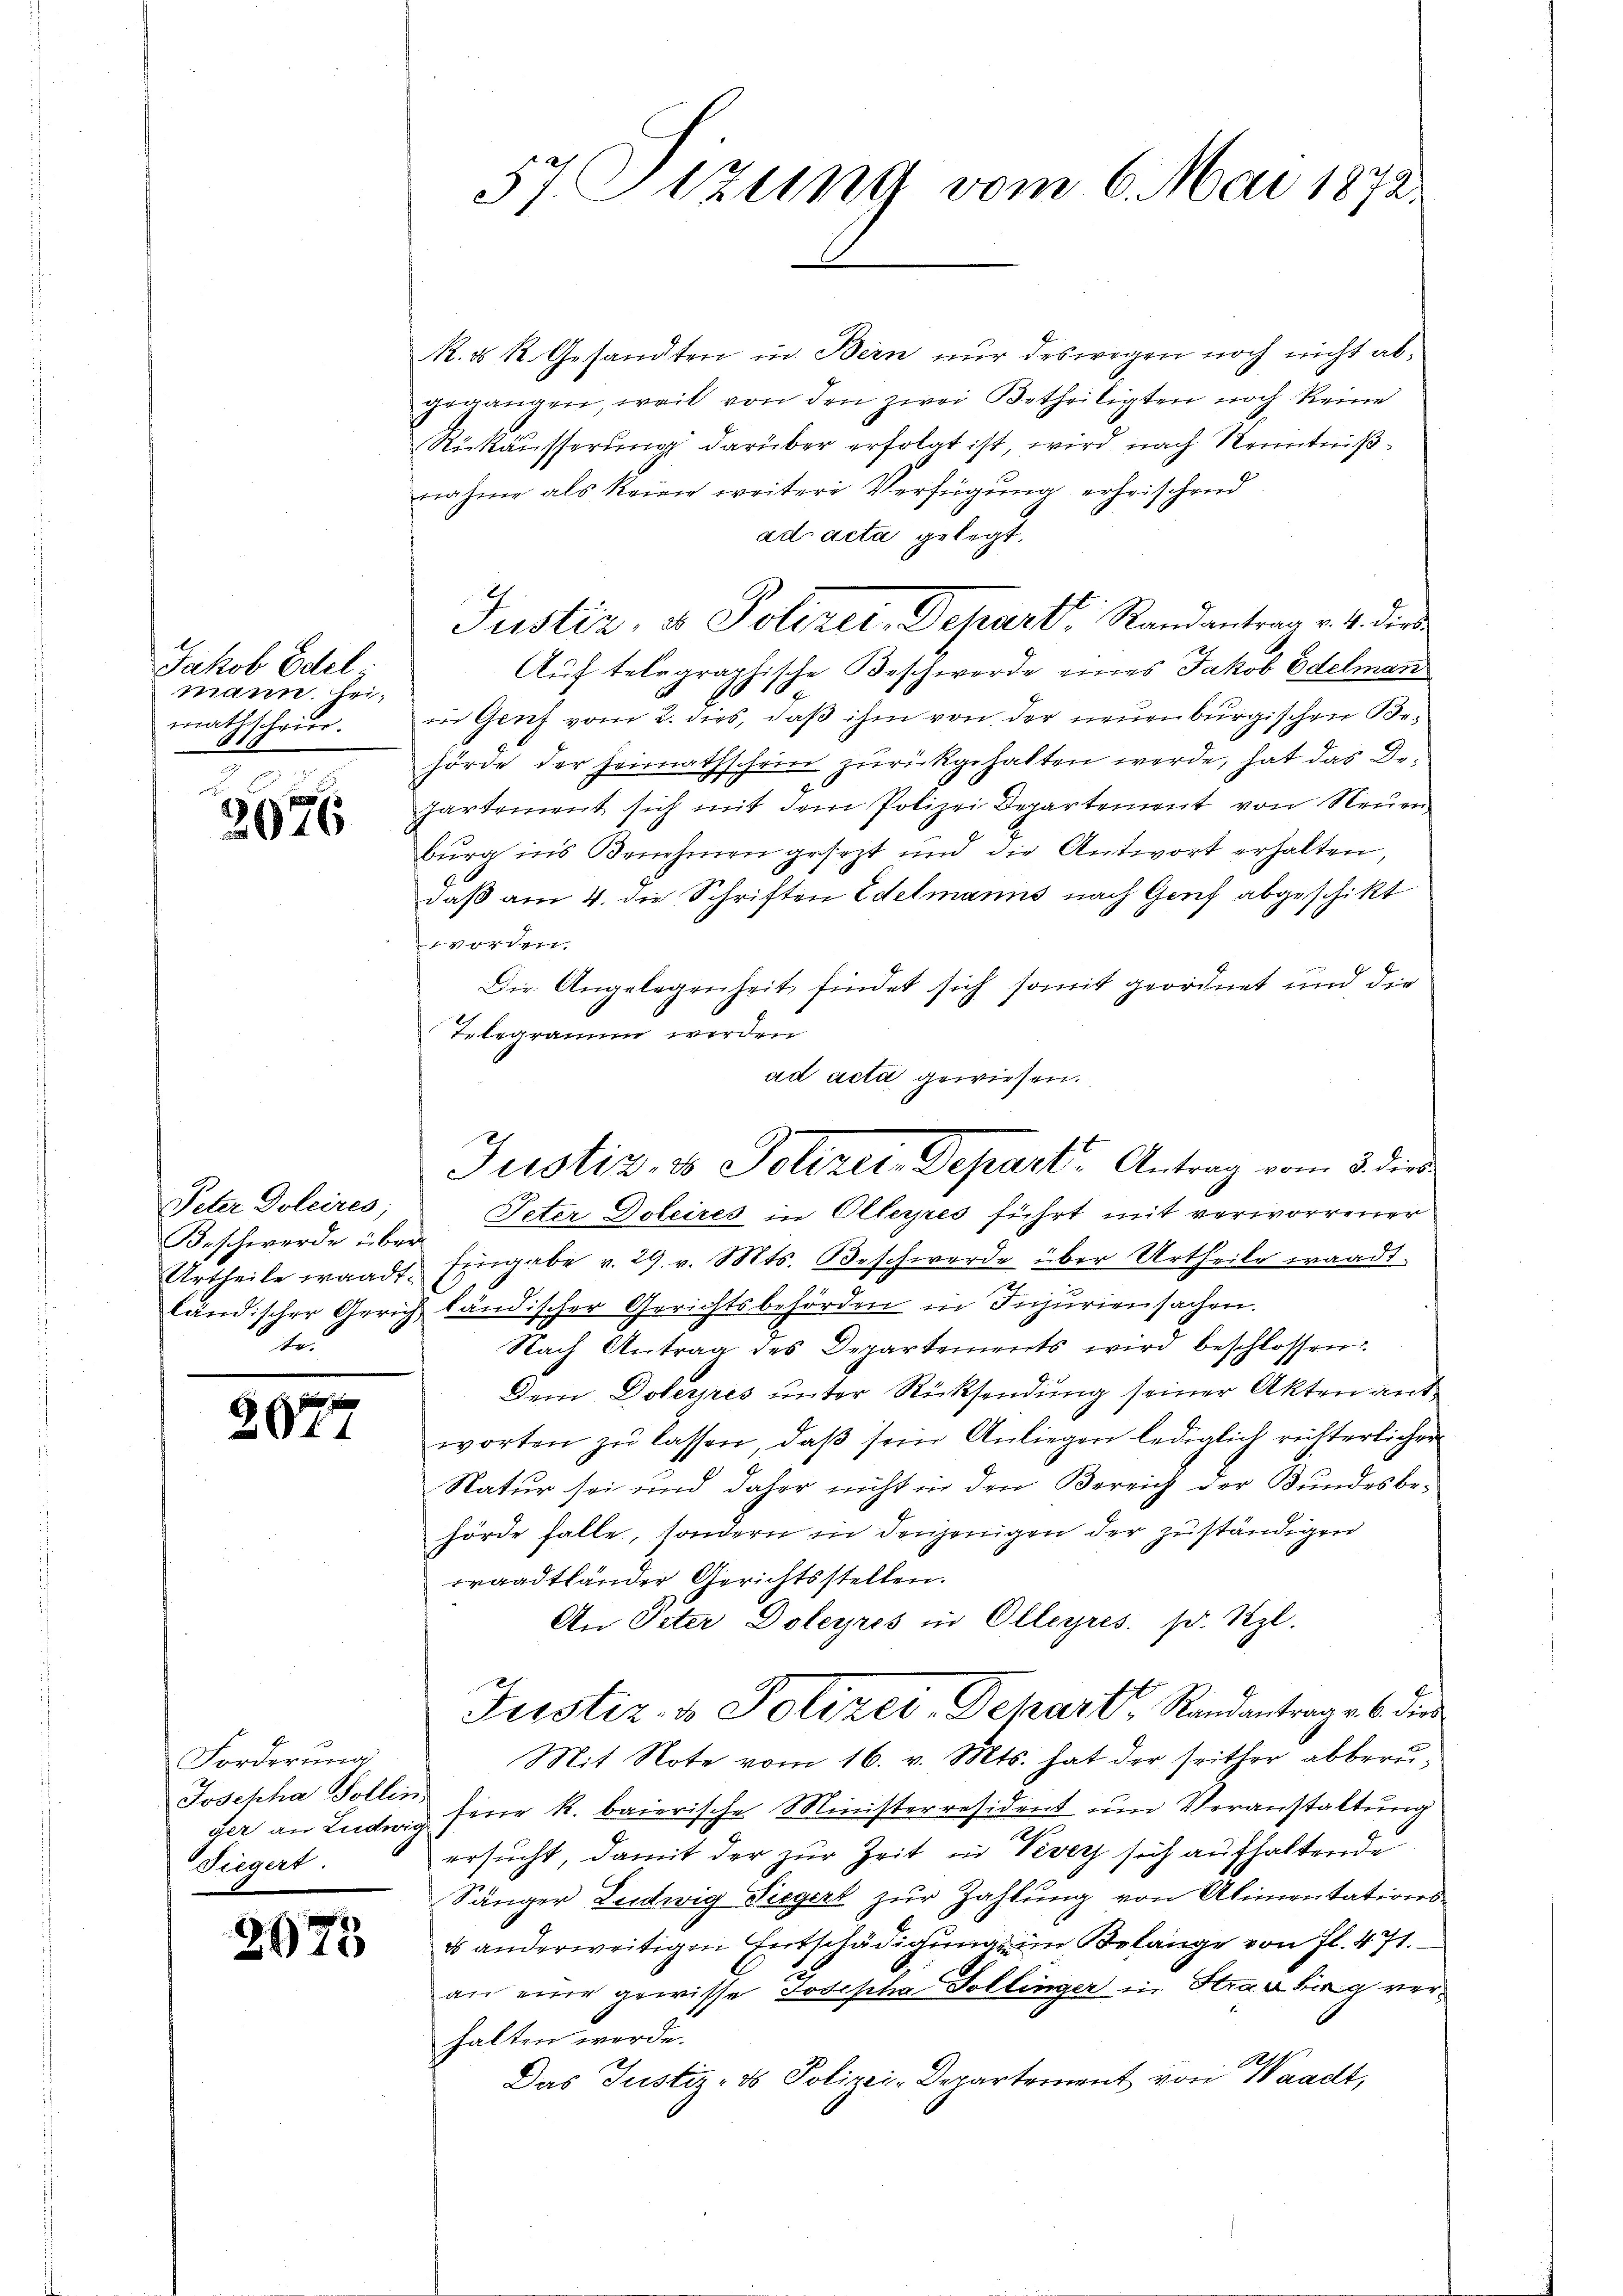
Jakob Edel
mann. Heimathschrie.

2076

Peter Doleires,
Beschwerde über
he

2077

Forderung
Josepha Sollin,
Fiegert.

2075

R. u. R. Gesandten in Bern nur deswegen noch nicht abgegangen, weil von den zwei Betheiligten noch Reine
Rükäusserung darüber erfolgt ist, wird nach Kenntnißnahme als keine weitere Verfügung erheischend
ad acta gelegt.
Auf telegraphische Beschwerde eines Jakob Edelman
in Genf vom 2. dies, daß ihm von der neuenburgischen Behörde der Heimathschein zurückgehalten werde, hat das Departement sich mit dem Polizei Departement von Neuen
burg ins Benehmen gesezt und die Antwort erhalten,
daß am 4. die Schriften Edelmanns nach Genf abgeschikt
i
Die Angelegenheit findet sich somit geordnet und die
Telegramm werden
ad acta gewiesen.
Peter Doleires in Olleyres führt mit verworrener
Urtheile waadt. Eingabe v. 29. v. Mts. Beschwerde über Urtheile waadt.
ländischer Gerich ländischer Gerichtsbehörden in Injuriensachen.
Nach Antrag des Departements wird beschlossen:
Dem Doleyres unter Rücksendung seiner Akten antworten zŭ lassen, daβ sein Anliegen lediglich richterlicher
Natur sei und daher nicht in den Bereich der Bundesbe-
hörde falle, sondern in denjenigen der zuständigen
raadtländer Gerichtsstellen.
An Peter Doleyres in Olleyres. pr. Szl.
Justiz- & Polizei-Depart, Randantrag v. 6. dies
Mit Note vom 16. v. Mts. hat der seither abberuger an Ludwig Feuer k. baierische Ministerresident um Veranstaltung
ersucht, damit der zur Zeit in Vevey sich aufhaltende
Sänger Ludwig Siegert zur Zahlung von Alimentations
2 anderweitigen Entschädigungen Belange von Fl. 471.
an eine gewisse Josepha Bollinger in Straubig ver
halten werde.
94
Das Justiz- & Polizei-Departement von Waadt,

57. Sitzung vom 6. Mai 1872.

Justiz & Polizer, Depart, Randantrag v. 4. die

Justiz & Polizer, Depart, Antrag vom 3. dies